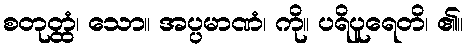
စတုတ္ထံ၊ သော။ အပ္ပမာဏံ၊ ကို။ ပရိပူရေတိ၊ ၏။